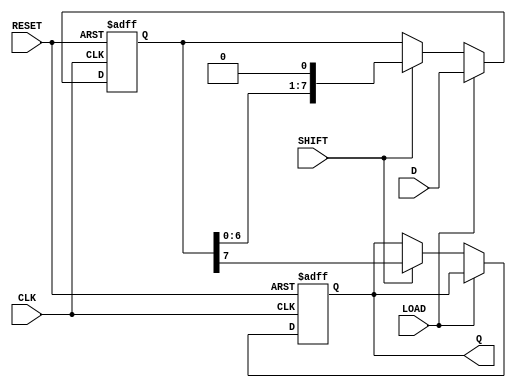
module PISO_Register #(
    parameter WIDTH = 8  // Define the width of the register
)(
    input wire [WIDTH-1:0] D,    // Parallel data input
    input wire LOAD,              // Load control signal
    input wire SHIFT,             // Shift control signal
    input wire CLK,               // Clock signal
    input wire RESET,             // Asynchronous reset signal
    output reg Q                 // Serial output
);

    reg [WIDTH-1:0] shift_reg;    // Shift register array

    always @(posedge CLK or posedge RESET) begin
        if (RESET) begin
            shift_reg <= {WIDTH{1'b0}}; // Clear the register on reset
            Q <= 1'b0;                 // Clear the output on reset
        end else begin
            if (LOAD) begin
                shift_reg <= D;        // Load data into the shift register
            end else if (SHIFT) begin
                Q <= shift_reg[WIDTH-1]; // Shift out the MSB to Q
                shift_reg <= {shift_reg[WIDTH-2:0], 1'b0}; // Shift left
            end
        end
    end

endmodule